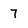
Character: 7